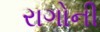
રાગોની